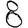
Digit: 8